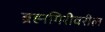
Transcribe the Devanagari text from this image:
ब्रह्मगिरीवरील